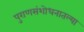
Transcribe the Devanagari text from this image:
पुराणसंशोधनातल्या